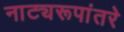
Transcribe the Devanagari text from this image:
नाट्यरूपांतरे